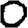
Digit: 0